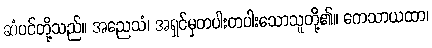
ဆံပင်တို့သည်။ အညေသံ၊ အရှင်မှတပါးတပါးသောသူတို့၏။ ကေသာယထာ၊